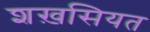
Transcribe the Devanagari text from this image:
शख़सियत